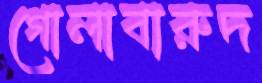
গোলাবারুদ